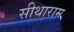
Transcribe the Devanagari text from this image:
सीथाराम